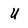
Character: U